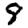
Digit: 8